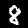
Digit: 8